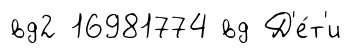
вд2 16981774 вд Д'е́т'и